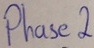
Text: Phase2